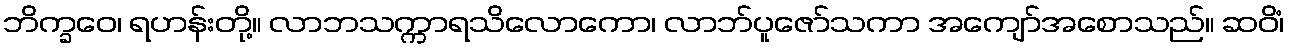
ဘိက္ခဝေ၊ ရဟန်းတို့။ လာဘသက္ကာရသိလောကော၊ လာဘ်ပူဇော်သကာ အကျော်အစောသည်။ ဆဝိံ၊